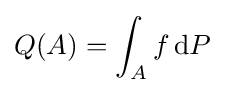
Q(A)=\int _{A}f\,\mathrm {d} P